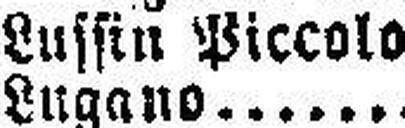
Lussin Piccolo